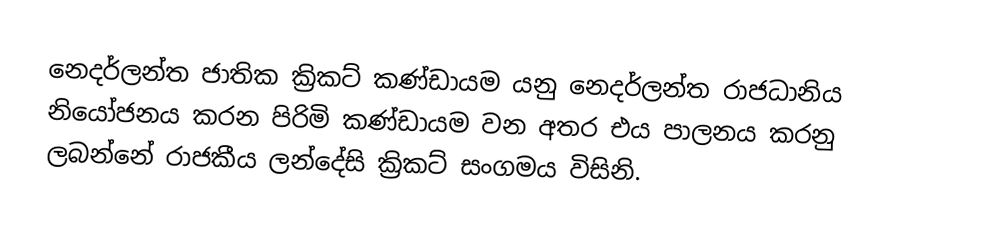
නෙදර්ලන්ත ජාතික ක්‍රිකට් කණ්ඩායම යනු නෙදර්ලන්ත රාජධානිය නියෝජනය කරන පිරිමි කණ්ඩායම වන අතර එය පාලනය කරනු ලබන්නේ රාජකීය ලන්දේසි ක්‍රිකට් සංගමය විසිනි.